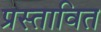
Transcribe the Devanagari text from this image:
प्रस्‍तावित